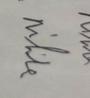
Signature authenticity: genuine